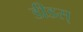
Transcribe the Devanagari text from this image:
डीडस्